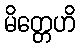
မိတ္တေဟိ